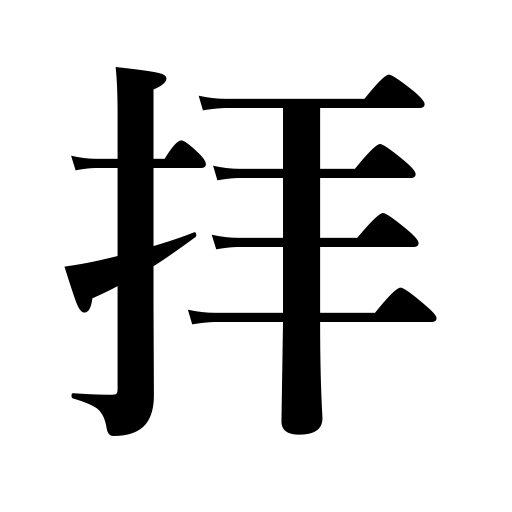
Meanings: pray to,look at with reverence,worship,reverence,adore